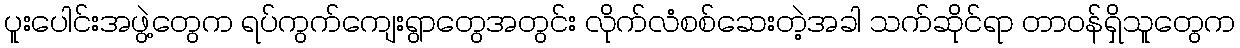
ပူးပေါင်းအဖွဲ့တွေက ရပ်ကွက်ကျေးရွာတွေအတွင်း လိုက်လံစစ်ဆေးတဲ့အခါ သက်ဆိုင်ရာ တာဝန်ရှိသူတွေက